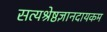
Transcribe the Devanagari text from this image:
सत्यश्रेष्ठज्ञानदायकम